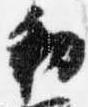
勅